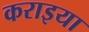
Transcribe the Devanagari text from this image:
कराइया